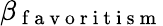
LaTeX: \beta_{\mathrm{~f~a~v~o~r~i~t~i~s~m~}}